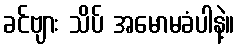
ခင်ဗျား သိပ် အမောမခံပါနဲ့။